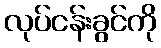
လုပ်ငန်းခွင်ကို